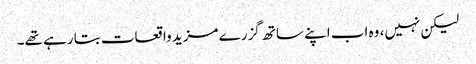
لیکن نہیں، وہ اب اپنے ساتھ گزرے مزید واقعات بتا رہے تھے۔